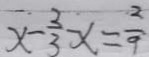
x - \frac { 2 } { 3 } x = \frac { 2 } { 9 }